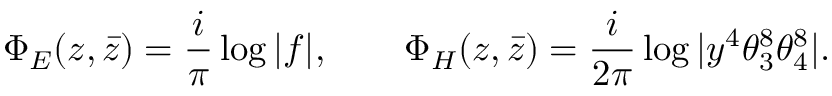
\Phi _ { E } ( z , \bar { z } ) = \frac { i } { \pi } \log \vert f \vert , \qquad \Phi _ { H } ( z , \bar { z } ) = \frac { i } { 2 \pi } \log \vert y ^ { 4 } \theta _ { 3 } ^ { 8 } \theta _ { 4 } ^ { 8 } \vert .